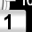
Digit: 1